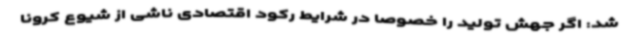
شد: اگر جهش تولید را خصوصا در شرایط رکود اقتصادی ناشی از شیوع کرونا